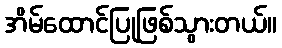
အိမ်ထောင်ပြုဖြစ်သွားတယ်။